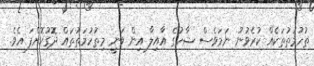
ތުހުމަތުތަކެއް ކުރެވުނު ނަމަވެސް ޝާހުގެ އާއިލާ އިން ވަނީ މިތުހުމަތުތައް ދޮގުކޮށްފަ އެވެ.